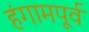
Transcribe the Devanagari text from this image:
हंगामपूर्व